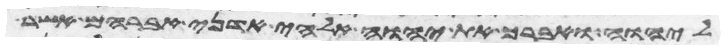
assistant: ליהוה ואברך את יהוה אלהי אדני אברהם אשר